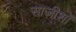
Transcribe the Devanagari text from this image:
साज़ीशों